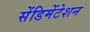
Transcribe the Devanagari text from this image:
सेंडिमेंटेशन